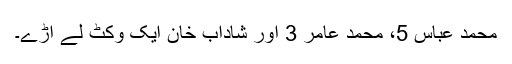
محمد عباس 5، محمد عامر 3 اور شاداب خان ایک وکٹ لے اڑے۔